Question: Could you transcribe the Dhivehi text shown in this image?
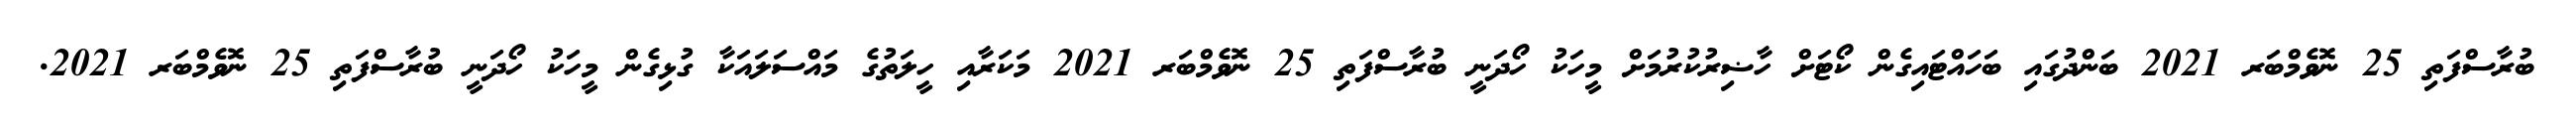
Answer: ބުރާސްފަތި 25 ނޮވެމްބަރ 2021 ބަންދުގައި ބަހައްޓައިގެން ކޯޓަށް ހާޟިރުކުރުމަށް މީހަކު ހޯދަނީ ބުރާސްފަތި 25 ނޮވެމްބަރ 2021 މަކަރާއި ހީލަތުގެ މައްސަލައަކާ ގުޅިގެން މީހަކު ހޯދަނީ ބުރާސްފަތި 25 ނޮވެމްބަރ 2021.